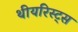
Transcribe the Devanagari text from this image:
थीयरिस्ट्स